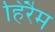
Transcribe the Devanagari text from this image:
हिरैम